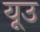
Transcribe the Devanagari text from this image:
यूउ